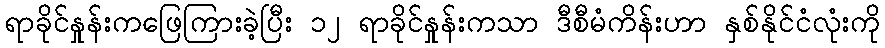
ရာခိုင်နှုန်းကဖြေကြားခဲ့ပြီး ၁၂ ရာခိုင်နှုန်းကသာ ဒီစီမံကိန်းဟာ နှစ်နိုင်ငံလုံးကို